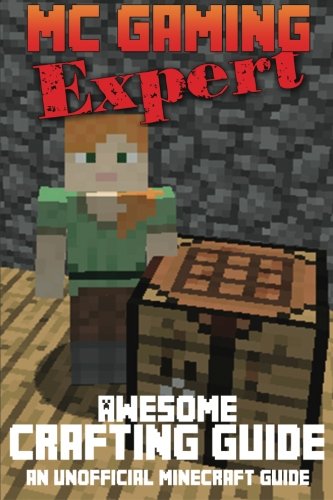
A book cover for Awesome Crafting Guide: An Unofficial Minecraft Guide (MC Gaming Expert - Unofficial Minecraft Guides) (Volume 6); Terry Mayer; Children's Books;